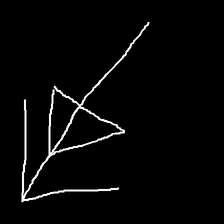
Glyph: pull